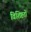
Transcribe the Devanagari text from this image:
विशिष्टतों